Annual administration report of the Civil Veterinary Department of India - 1894-1895
Year: 1894
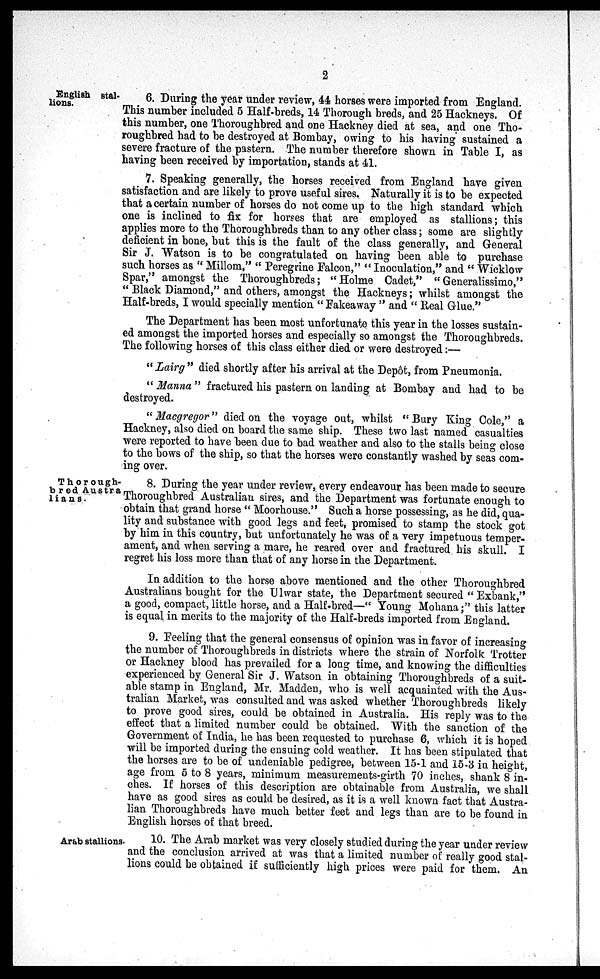
2
English stal-
lions.
6. During the year under review, 44 horses were imported from England.
This number included 5 Half-breds, 14 Thorough breds, and 25 Hackneys. Of
this number, one Thoroughbred and one Hackney died at sea, and one Tho-
roughbred had to be destroyed at Bombay, owing to his having sustained a
severe fracture of the pastern. The number therefore shown in Table I, as
having been received by importation, stands at 41.
7. Speaking generally, the horses received from England have given
satisfaction and are likely to prove useful sires. Naturally it is to be expected
that a certain number of horses do not come up to the high standard which
one is inclined to fix for horses that are employed as stallions; this
applies more to the Thoroughbreds than to any other class; some are slightly
deficient in bone, but this is the fault of the class generally, and General
Sir J. Watson is to be congratulated on having been able to purchase
such horses as "Millom," "Peregrine Falcon," "Inoculation," and "Wicklow
Spar," amongst the Thoroughbreds; "Holme Cadet," "Generalissimo,"
"Black Diamond," and others, amongst the Hackneys; whilst amongst the
Half-breds, I would specially mention "Fakeaway" and "Real Glue."
The Department has been most unfortunate this year in the losses sustain-
ed amongst the imported horses and especially so amongst the Thoroughbreds.
The following horses of this class either died or were destroyed:—
"Lairg" died shortly after his arrival at the Depôt, from Pneumonia.
"Manna" fractured his pastern on landing at Bombay and had to be
destroyed.
"Macgregor" died on the voyage out, whilst "Bury King Cole," a
Hackney, also died on board the same ship. These two last named casualties
were reported to have been due to bad weather and also to the stalls being close
to the bows of the ship, so that the horses were constantly washed by seas com-
ing over.
Thorough-
bred Austra-
lians.
8. During the year under review, every endeavour has been made to secure
Thoroughbred Australian sires, and the Department was fortunate enough to
obtain that grand horse "Moorhouse." Such a horse possessing, as he did, qua-
lity and substance with good legs and feet, promised to stamp the stock got
by him in this country, but unfortunately he was of a very impetuous temper-
ament, and when serving a mare, he reared over and fractured his skull. I
regret his loss more than that of any horse in the Department.
In addition to the horse above mentioned and the other Thoroughbred
Australians bought for the Ulwar state, the Department secured "Exbank,"
a good, compact, little horse, and a Half-bred— "Young Mohana;" this latter
is equal in merits to the majority of the Half-breds imported from England.
9. Feeling that the general consensus of opinion was in favor of increasing
the number of Thoroughbreds in districts where the strain of Norfolk Trotter
or Hackney blood has prevailed for a long time, and knowing the difficulties
experienced by General Sir J. Watson in obtaining Thoroughbreds of a suit-
able stamp in England, Mr. Madden, who is well acquainted with the Aus-
tralian Market, was consulted and was asked whether Thoroughbreds likely
to prove good sires, could be obtained in Australia. His reply was to the
effect that a limited number could be obtained. With the sanction of the
Government of India, he has been requested to purchase 6, which it is hoped
will be imported during the ensuing cold weather. It has been stipulated that
the horses are to be of undeniable pedigree, between 15-1 and 15-3 in height,
age from 5 to 8 years, minimum measurements-girth 70 inches, shank 8 in-
ches. If horses of this description are obtainable from Australia, we shall
have as good sires as could be desired, as it is a well known fact that Austra-
lian Thoroughbreds have much better feet and legs than are to be found in
English horses of that breed.
Arab stallions.
10. The Arab market was very closely studied during the year under review
and the conclusion arrived at was that a limited number of really good stal-
lions could be obtained if sufficiently high prices were paid for them. An